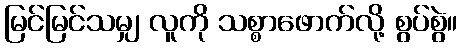
မြင်မြင်သမျှ လူကို သစ္စာဖောက်လို့ စွပ်စွဲ။